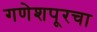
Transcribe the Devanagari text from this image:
गणेशपूरचा